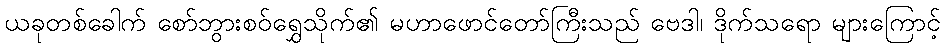
ယခုတစ်ခေါက် စော်ဘွားစဝ်ရွှေသိုက်၏ မဟာဖောင်တော်ကြီးသည် ဗေဒါ၊ ဒိုက်သရော များကြောင့်